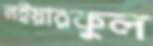
লইয়ারকুল